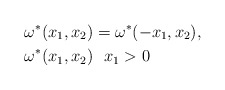
\begin{align*} & \omega^{*}(x_{1},x_{2})=\omega^{*}(-x_{1},x_{2}),\\& \omega^{*}(x_{1},x_{2})\ \ x_{1}>0\end{align*}